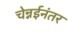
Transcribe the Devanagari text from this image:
चेन्नईनंतर